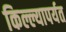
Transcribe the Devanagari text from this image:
किल्ल्यापर्यत